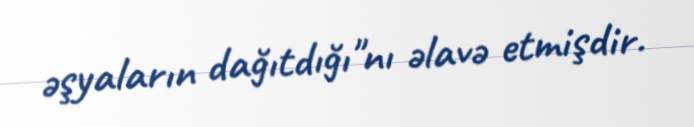
əşyaların dağıtdığı"nı əlavə etmişdir.